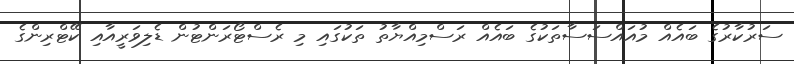
ސަރުކާރުގެ ބައެއް މުއައްސަސާތަކުގެ ބައެއް ރަސްމިއްޔާތު ތަކުގައި މި ރެސްޓޯރަންޓުން ޑެލިވަރީއާއި ކޭޓްރިންގެ